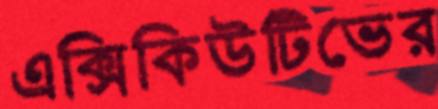
এক্সিকিউটিভের